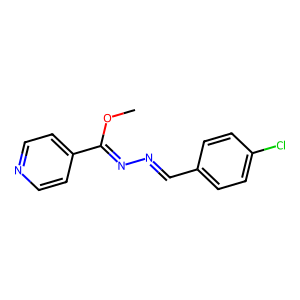
SMILES: COC(=NN=Cc1ccc(Cl)cc1)c1ccncc1
Inhibits HIV replication: No